Indian journal of veterinary science and animal husbandry - Volume 13,
Year: 1943
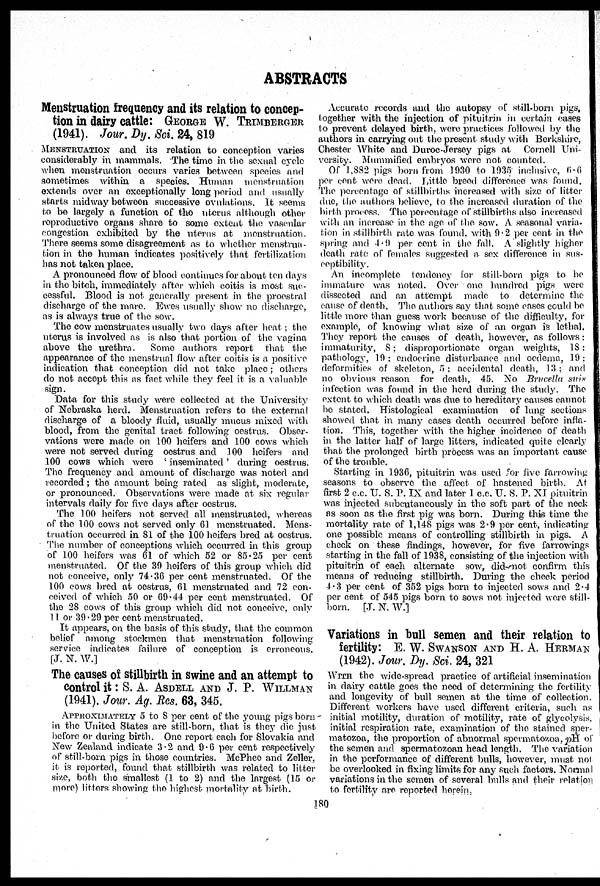
ABSTRACTS
Menstruation frequency and its relation to concep-
tion in dairy cattle: GEORGE W. TRIMBERGER
(1941). Jour. Dy. Sci. 24, 819
MENSTRUATION and its relation to conception varies
considerably in mammals. The time in the sexual cycle
when monstruation occurs varies between species and
sometimes within a species. Human menstruation
extends over an exceptionally long period and usually
starts midway between successive ovulations. It seems
to be largely a function of the uterus although other
reproductive organs share to some extent the vascular
congestion exhibited by the uterus at menstruation.
There seems some disagreement as to whether menstrua-
tion in the human indicates positively that fertilization
has not taken place.
A pronounced flow of blood continues for about ten days
in the bitch, immediately after which coitis is most suc-
cessful. Blood is not generally present in the proestral
discharge of the mare. Ewes usually show no discharge,
as is always true of the sow.
The cow menstruates usually two days after heat; the
uterus is involved as is also that portion of the vagina
above the urethra.
Some authors report that the
appearance of the menstrual flow after coitis is a positive
indication that conception did not take place; others
do not accept this as fact while they feel it is a valuable
sign.
Data for this study were collected at the University
of Nebraska herd. Menstruation refers to the external
discharge of a bloody fluid, usually mucus mixed with
blood, from the genital tract following oestrus. Obser-
vations were made on 100 heifers and 100 cows which
were not served during oestrus and 100 heifers and
100 cows which were ' inseminated ' during oestrus.
The frequency and amount of discharge was noted and
recorded; the amount being rated as slight, moderate,
or pronounced. Observations were made at six regular
intervals daily for five days after oestrus.
The 100 heifers not served all menstruated, whereas
of the 100 cows not served only 61 menstruated. Mens-
truation occurred in 81 of the 100 heifers bred at oestrus.
The number of conceptions which occurred in this group
of 100 heifers was 61 of which 52 or 85.25 per cent
menstruated. Of the 39 heifers of this group which did
not conceive, only 74.36 per cent menstruated. Of the
100 cows bred at oestrus, 61 menstruated and 72 con-
ceived of which 50 or 69.44 per cent menstruated. Of
the 28 cows of this group which did not conceive, only
11 or 39.29 per cent menstruated.
It appears, on the basis of this study, that the common
belief among stockmen that menstruation following
service indicates failure of conception is erroneous.
[J. N. W.]
The causes of stillbirth in swine and an attempt to
control it: S. A. ASDELL AND J. P. WILLMAN
(1941). Jour. Ag. Res. 63, 345.
APPROXIMATELY 5 to 8 per cent of the young pigs born
in the United States are still-born, that is they die just
before or during birth. One report each for Slovakia and
New Zealand indicate 3.2 and 9.6 per cent respectively
of still-born pigs in those countries. McPhee and Zeller,
it is reported, found that stillbirth was related to litter
size, both the smallest (1 to 2) and the largest (15 or
more) litters showing the highest mortality at birth.
Accurate records and the autopsy of still-born pigs,
together with the injection of pituitrin in certain cases
to prevent delayed birth, were practices followed by the
authors in carrying out the present study with Berkshire,
Chester White and Duroc-Jersey pigs at Cornell Uni-
versity. Mummified embryos were not counted.
Of 1,882 pigs born from 1930 to 1935 inclusive, 6.6
per cent were dead. Little breed difference was found.
The percentage of stillbirths increased with size of litter
due, the authors believe, to the increased duration of the
birth process. The percentage of stillbirths also increased
with an increase in the age of the sow. A seasonal varia-
tion in stillbirth rate was found, with 9.2 per cent in the
spring and 4.9 per cent in the fall. A slightly higher
death rate of females suggested a sex difference in sus-
ceptibility.
An incomplete tendency for still-born pigs to be
immature was noted. Over one hundred pigs were
dissected and an attempt made to determine the
cause of death. The authors say that some cases could be
little more than guess work because of the difficulty, for
example, of knowing what size of an organ is lethal.
They report the causes of death, however, as follows:
immaturity, 8; disproportionate organ weights, 18:
pathology, 19: endocrine disturbance and oedema, 19:
deformities of skeleton, 5; accidental death, 13; and
no obvious reason for death, 45. No Brucella suis
infection was found in the herd during the study. The
extent to which death was due to hereditary causes cannot
be stated. Histological examination of lung sections
showed that in many cases death occurred before infla-
tion. This, together with the higher incidence of death
in the latter half of large litters, indicated quite clearly
that the prolonged birth process was an important cause
of the trouble.
Starting in 1936, pituitrin was used for five farrowing
seasons to observe the affect of hastened birth. At
first 2 c.c. U. S. P. IX and later 1 c.c. U. S. P. XI pituitrin
was injected subcutaneously in the soft part of the neck
as soon as the first pig was born. During this time the
mortality rate of 1,148 pigs was 2.9 per cent, indicating
one possible means of controlling stillbirth in pigs. A
check on these findings, however, for five farrowings
starting in the fall of 1938, consisting of the injection with
pituitrin of each alternate sow, did not confirm this
means of reducing stillbirth. During the check period
4.3 per cent of 352 pigs born to injected sows and 2.4
per cent of 545 pigs born to sows not injected were still-
born. [J. N. W.]
Variations in bull semen and their relation to
fertility: E. W. SWANSON AND H. A. HERMAN
(1942). Jour. Dy. Sci. 24, 321
WITH the wide-spread practice of artificial insemination
in dairy cattle goes the need of determining the fertility
and longevity of bull semen at the time of collection.
Different workers have used different criteria, such as
initial motility, duration of motility, rate of glycolysis,
initial respiration rate, examination of the stained sper-
matozoa, the proportion of abnormal spermatozoa, pH of
the semen and spermatozoan head length. The variation
in the performance of different bulls, however, must not
be overlooked in fixing limits for any such factors. Normal
variations in the semen of several bulls and their relation
to fertility are reported herein.
180